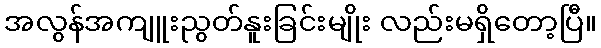
အလွန်အကျူးညွတ်နူးခြင်းမျိုး လည်းမရှိတော့ပြီ။